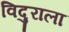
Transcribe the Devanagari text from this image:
विदुराला